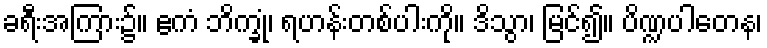
ခရီးအကြား၌။ ဧကံ ဘိက္ခုံ၊ ရဟန်းတစ်ပါးကို။ ဒိသွာ၊ မြင်၍။ ပိဏ္ဍပါတေန၊